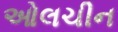
ઓલચીન